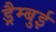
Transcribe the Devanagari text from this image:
ड्रैम्बुई